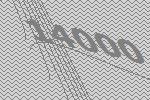
14000